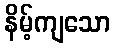
နိမ့်ကျသော